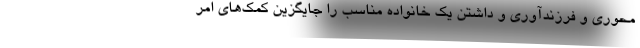
محوری و فرزندآوری و داشتن یک خانواده مناسب را جایگزین کمک‌های امر